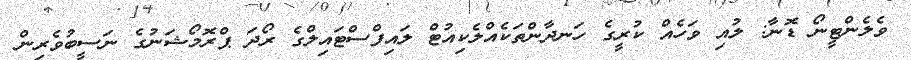
ވެލެންޓީނޯ ޑޮނާ: ލުއި ވަހެއް ކުރީގެ ހަނދާންތަކެއްލެކިއުޓް ލައިފްސްޓައިލްގެ ރޯދަ ޕްރޮމޯޝަނުގެ ނަސީބުވެރިން